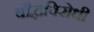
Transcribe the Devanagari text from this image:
बौद्धविरोधी